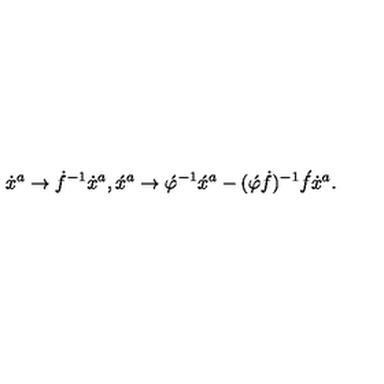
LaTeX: \dot { x } { } ^ { a } \rightarrow \dot { f } { } ^ { - 1 } \dot { x } { } ^ { a } , \acute { x } ^ { a } \rightarrow \acute { \varphi } { } ^ { - 1 } \acute { x } { } ^ { a } - ( \acute { \varphi } \dot { f } ) { } ^ { - 1 } \acute { f } \dot { x } { } ^ { a } .